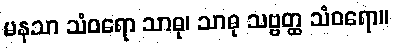
မနသာ သံဝရော သာဓု၊ သာဓု သဗ္ဗတ္ထ သံဝရော။